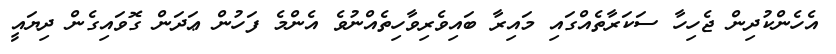
އެހެންކުދިން ޖެހިހާ ސަކަރާތެއްގައި މައިރާ ބައިވެރިވާހިތެއްނުވެ އެންމެ ފަހުން ޢަދަން ގޮވައިގެން ދިޔައީ